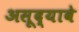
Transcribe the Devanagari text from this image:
असूद्यावे